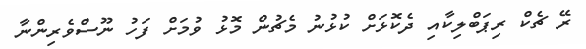
ރޭ ޗެކް ރިޕަބްލިކާއި ދެކޮޅަށް ކުޅުނު މެޗުން މޮޅު ވުމަށް ފަހު ނޫސްވެރިންނާ